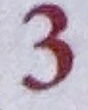
3